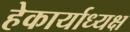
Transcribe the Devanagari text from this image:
हेकार्याध्यक्ष